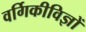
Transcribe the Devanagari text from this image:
वर्गिकीविज्ञों